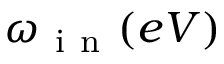
\omega _ { \mathrm { ~ i ~ n ~ } } ( e V )